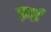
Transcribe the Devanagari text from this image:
फ़्राई